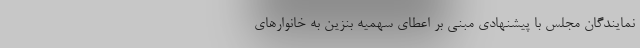
نمایندگان مجلس با پیشنهادی مبنی بر اعطای سهمیه بنزین به خانوارهای